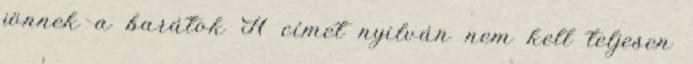
jönnek a barátok A címet nyilván nem kell teljesen